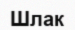
Шлак